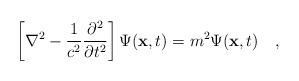
LaTeX: \begin{align*}\left [ \nabla^2 - {1\over c^2} {\partial^2 \over \partial t^2}\right ] \Psi ({\bf x}, t) = m^2 \Psi ({\bf x}, t)\quad,\end{align*}